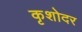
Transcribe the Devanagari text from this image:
कृशोदर